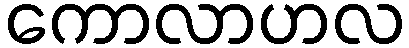
ကောလာဟလ